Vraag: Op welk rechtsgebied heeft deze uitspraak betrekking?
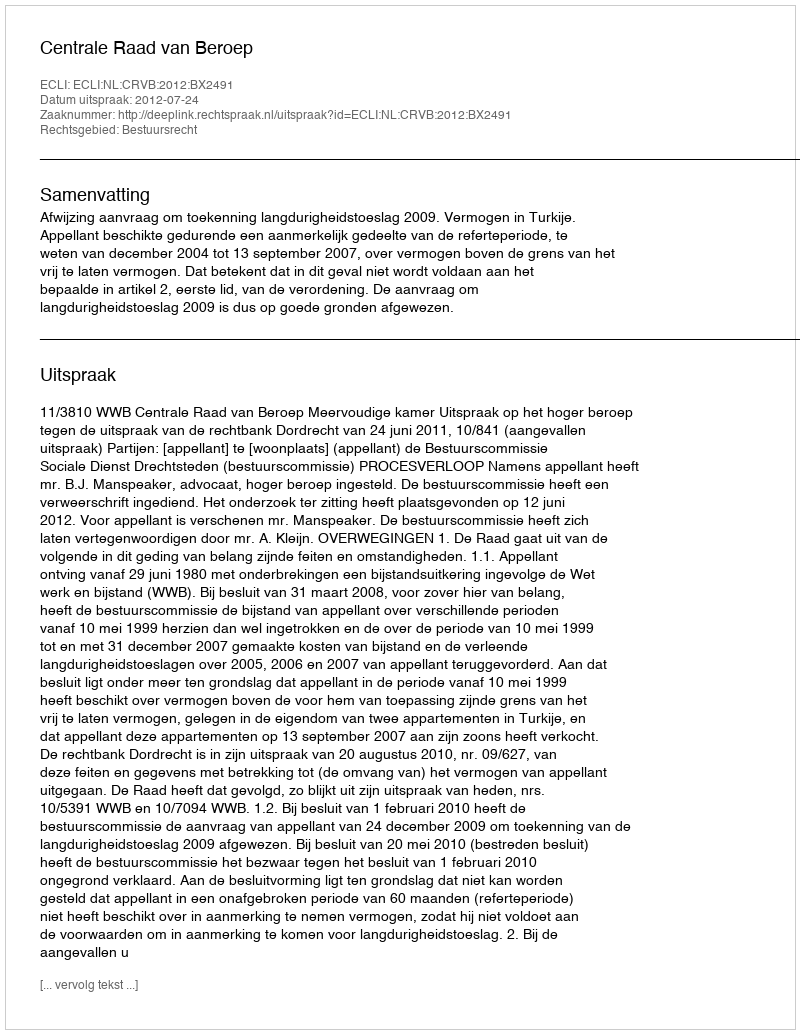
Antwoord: Bestuursrecht